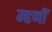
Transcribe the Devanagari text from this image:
म्हणीं